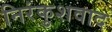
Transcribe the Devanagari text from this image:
निरंकुशवाद